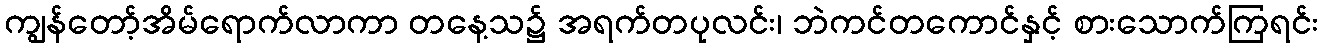
ကျွန်တော့်အိမ်ရောက်လာကာ တနေ့သ၌ အရက်တပုလင်း၊ ဘဲကင်တကောင်နှင့် စားသောက်ကြရင်း